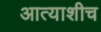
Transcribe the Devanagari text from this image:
आत्याशीच